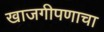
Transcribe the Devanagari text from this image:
खाजगीपणाचा